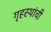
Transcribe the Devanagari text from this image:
गृहस्थांची